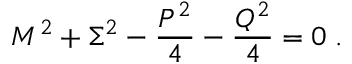
M ^ { 2 } + \Sigma ^ { 2 } - \frac { P ^ { 2 } } { 4 } - \frac { Q ^ { 2 } } { 4 } = 0 \; .